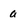
Character: a